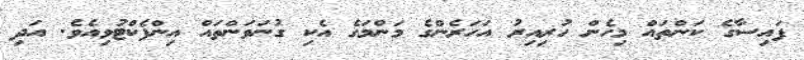
ފައިސާގެ ކަންތައް މިހެން ހުރިއިރު އަހަރެންގެ މަންމަގެ އެކި ގުނަވަންތައް އިންފެކްޓުވިއެވެ. އަދި